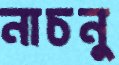
নাচনু